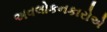
અવલોકનકારોએ